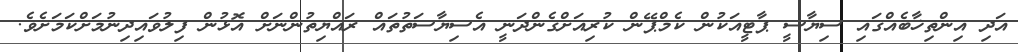
އަދި އިންތިޚާބެއްގައި ސިޔާސީ ޕާޓީއަކުން ކެމްޕޭން ކުރިއަށްގެންދަނީ އެސިޔާސަތުތައް ރައްޔިތުންނަށް އޮޅުން ފިލުވައިދިނުމަށްކަމަށެވެ.